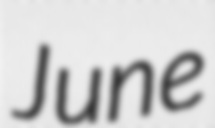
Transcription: June